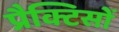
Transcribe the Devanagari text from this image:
प्रैक्टिसों